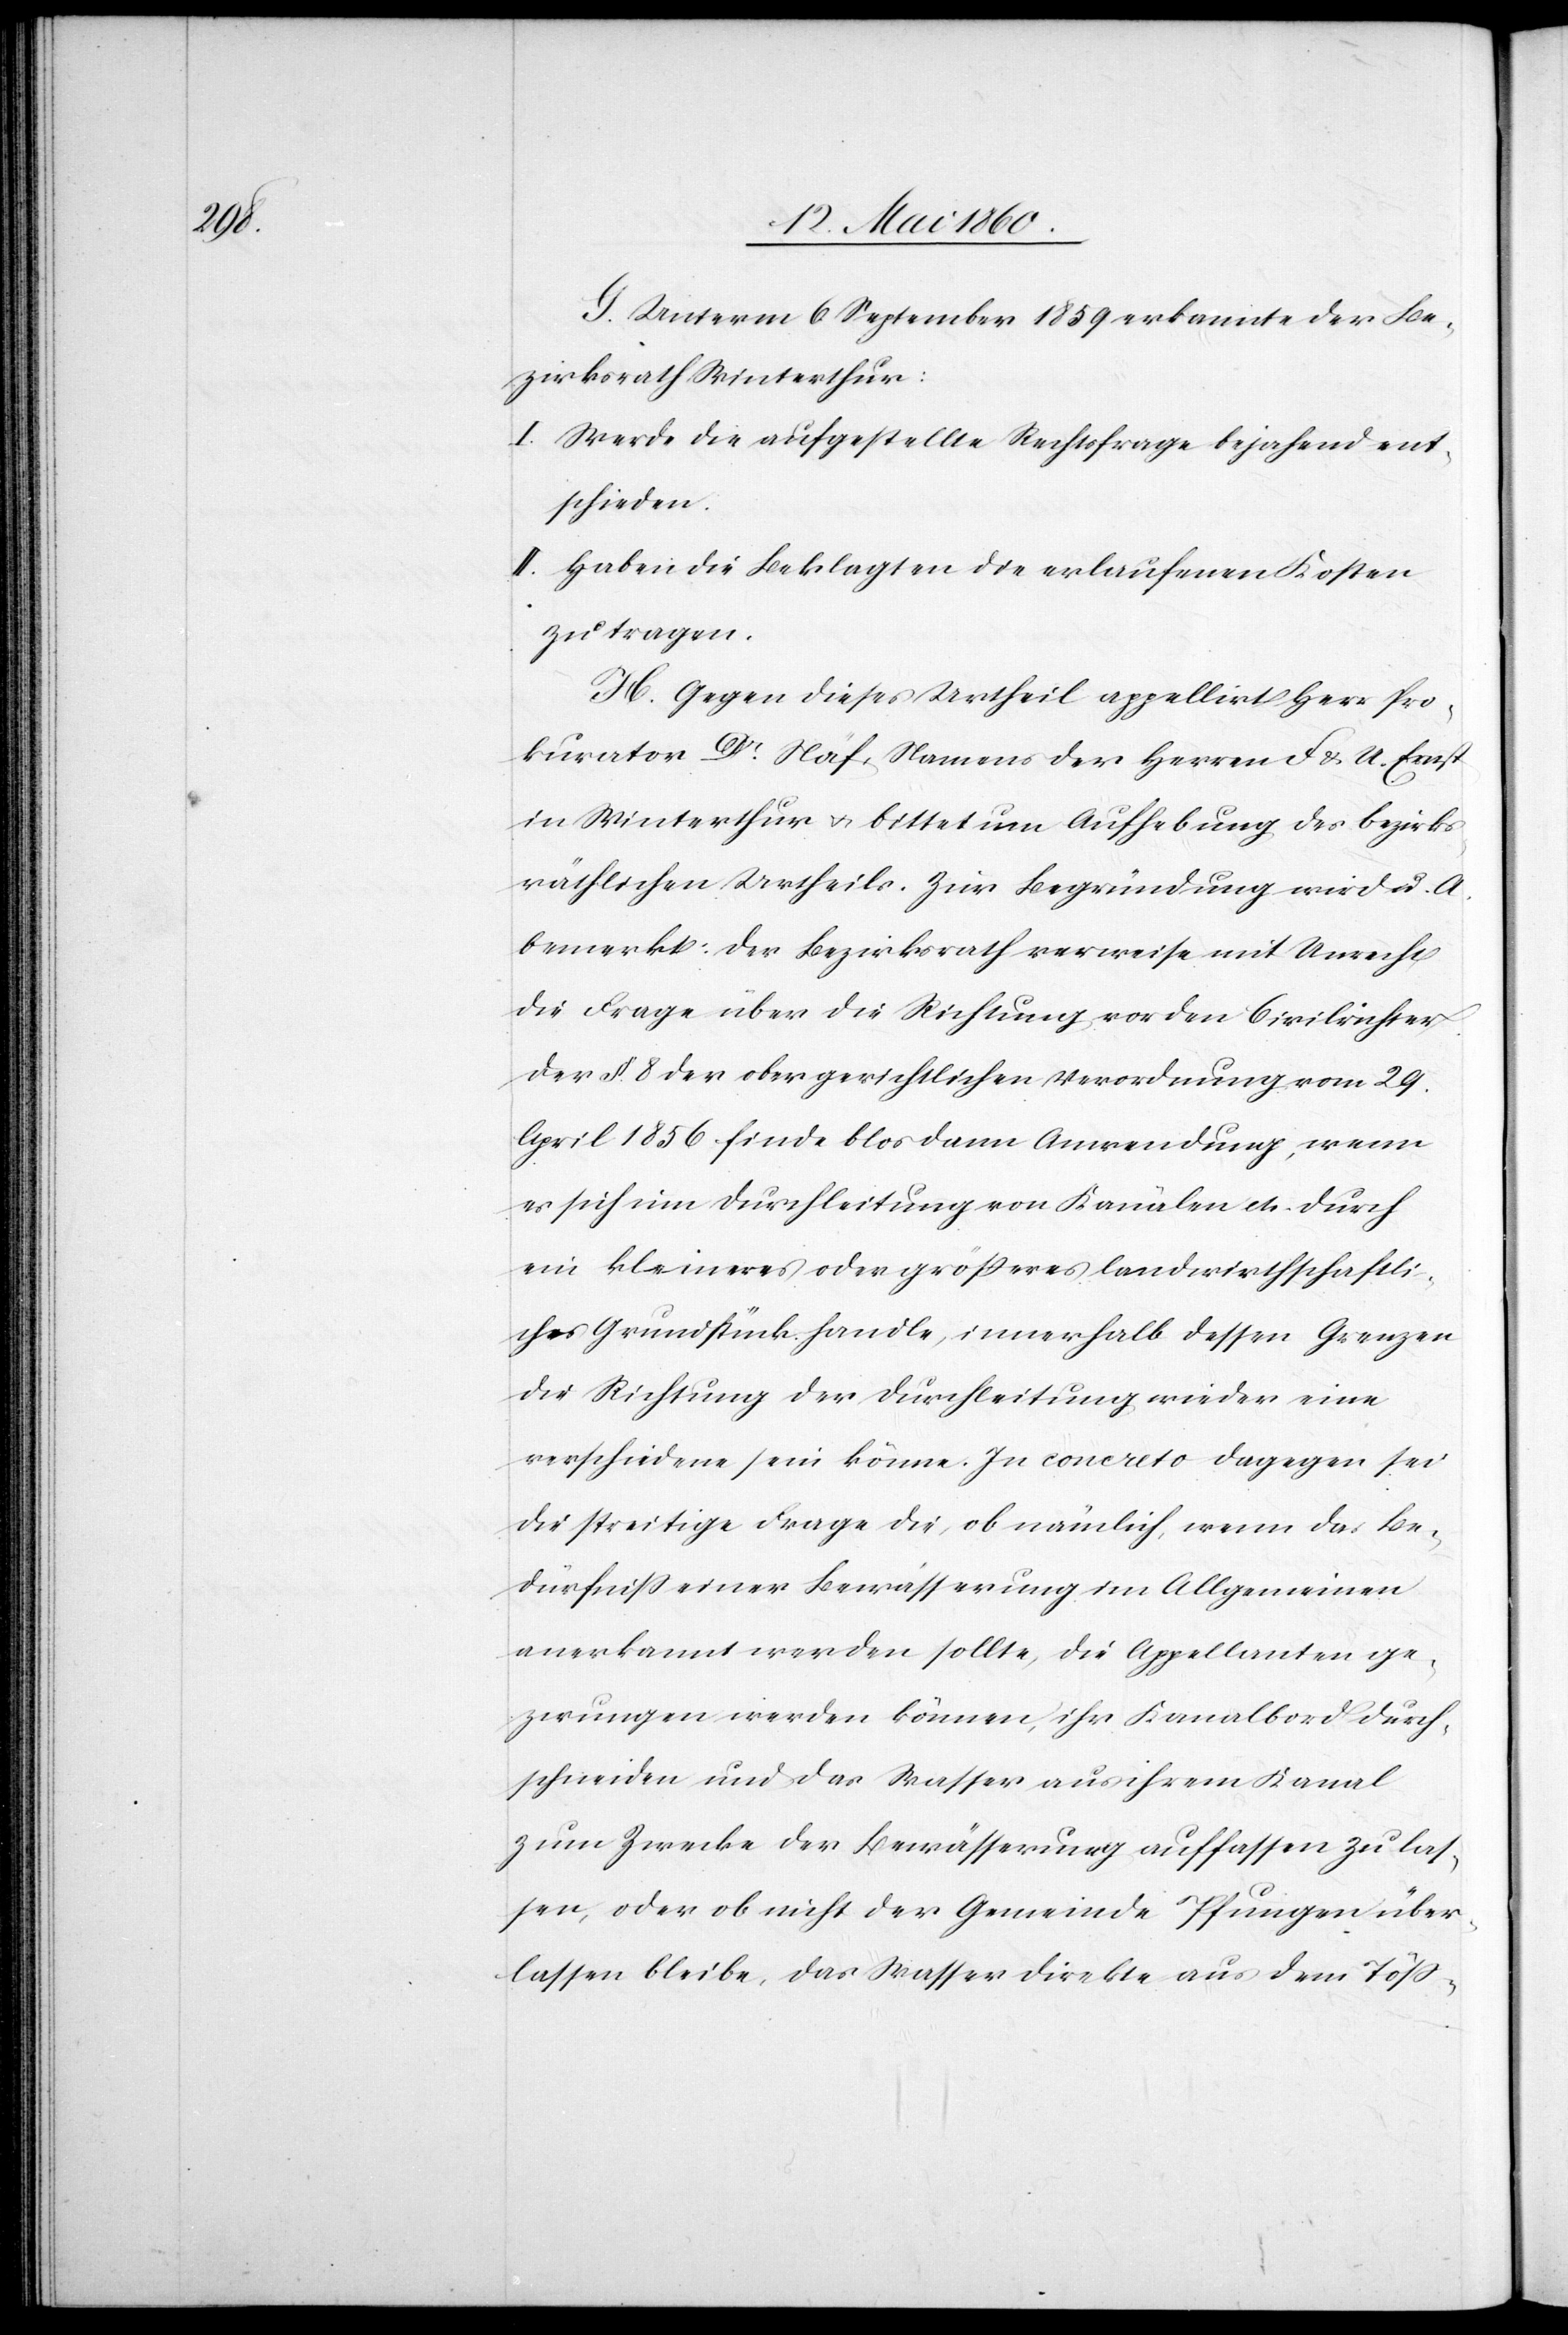
G. Unterm 6. September 1859 erkannte der Be¬
zirksrath Winterthur:
I. Werde die aufgestellte Rechtsfrage bejahend ent¬
schieden.
II. Haben die Beklagten die erlaufenen Kosten
zu tragen.
H. Gegen dieses Urtheil appellirt Herr Pro¬
kurator Dr Näf, Namens der Herrn F. & U. Ernst
in Winterthur u. bittet um Aufhebung des bezirks¬
räthlichen Urtheils. Zur Begründung wird u. A.
bemerkt: Der Bezirksrath verweise mit Unrecht
die Frage über die Richtung vor den Civilrichter.
Der §. 8. der obergerichtlichen Verordnung vom 29.
April 1856 finde blos dann Anwendung, wenn
es sich um Durchleitung von Kanälen etc. durch
ein kleineres oder grösseres landwirthschaftli¬
ches Grundstück handle, innerhalb dessen Grenzen
die Richtung der Durchleitung wieder eine
verschiedene sein könne. In concreto dagegen sei
die streitige Frage die, ob nämlich, wenn das Be¬
dürfniss einer Bewässerung im Allgemeinen
anerkannt werden sollte, die Appellanten ge¬
zwungen werden können, ihr Kanalbord durch¬
schneiden und das Wasser aus ihrem Kanal
zum Zwecke der Bewässerung auffassen zu las¬
sen, oder ob nicht der Gemeinde Pfungen über¬
lassen bleibe, das Wasser direkte aus dem Töss-